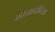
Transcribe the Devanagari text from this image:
कातालोनिआ